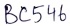
Text: BC546